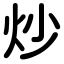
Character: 炒